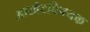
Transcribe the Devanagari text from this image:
आखेटविषयक